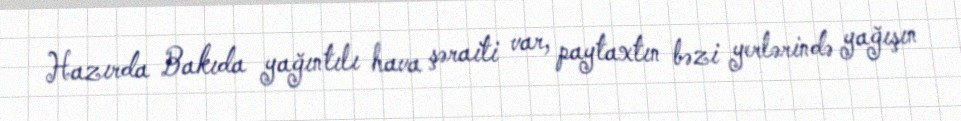
Hazırda Bakıda yağıntılı hava şəraiti var, paytaxtın bəzi yerlərində yağışın